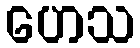
ဟေသ